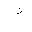
Letter: _non